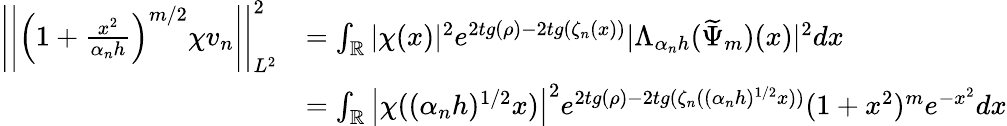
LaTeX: \begin{array}{rl}{\left|\left|\left(1+\frac{x^{2}}{\alpha_{n}h}\right)^{m/2}\chi v_{n}\right|\right|_{L^{2}}^{2}}&{=\int_{\mathbb{R}}|\chi(x)|^{2}e^{2tg(\rho)-2tg(\zeta_{n}(x))}|\Lambda_{\alpha_{n}h}(\widetilde{\Psi}_{m})(x)|^{2}dx}\\ &{=\int_{\mathbb{R}}\left|\chi((\alpha_{n}h)^{1/2}x)\right|^{2}e^{2tg(\rho)-2tg(\zeta_{n}((\alpha_{n}h)^{1/2}x))}(1+x^{2})^{m}e^{-x^{2}}dx}\end{array}